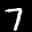
Label: 7